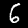
Digit: 6